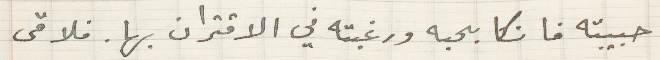
حبيبته فانكا بحبه ورغبته في الاقتران بها. فلاقى